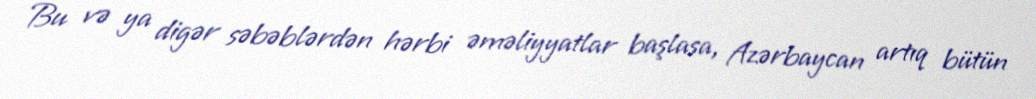
Bu və ya digər səbəblərdən hərbi əməliyyatlar başlasa, Azərbaycan artıq bütün